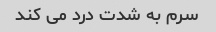
سرم به شدت درد می کند